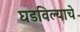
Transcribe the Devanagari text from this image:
घडविल्याचे